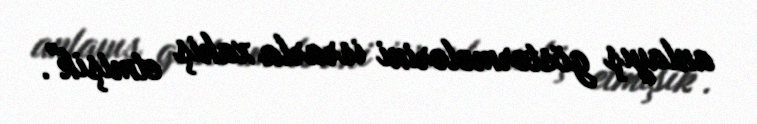
anlayış göstərmələrini israrla xahiş etmişik".